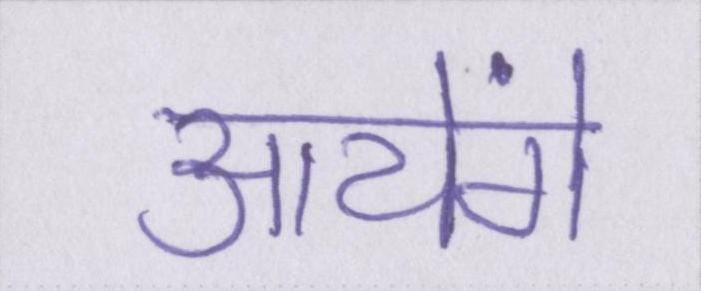
आयेंगे